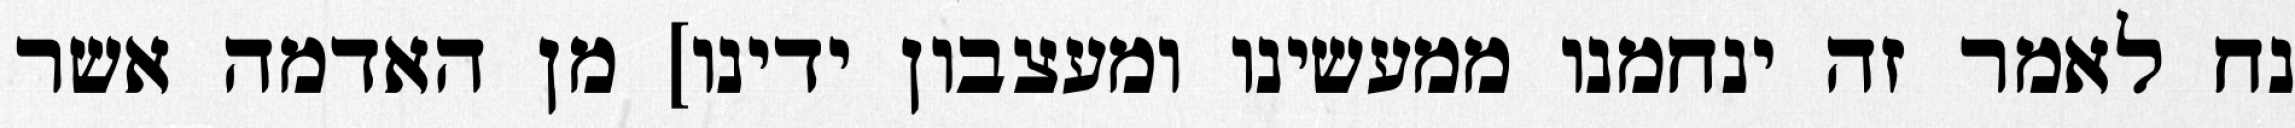
נח לאמר זה ינחמנו ממעשינו ומעצבון ידינו] מן האדמה אשר